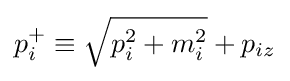
p_{i}^{+}\equiv {\sqrt {p_{i}^{2}+m_{i}^{2}}}+p_{iz}